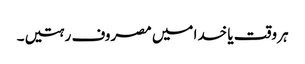
ہر وقت یا خدا میں مصروف رہتیں۔